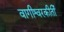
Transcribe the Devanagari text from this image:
वागीश्वरकीर्ती